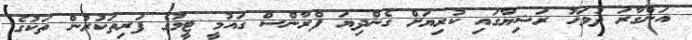
އަންގާރަ ދުވަހު ރަޝިޔާގައި ކުރިޔަށް ގެންދިޔަ ފްރާންސް ގައުމީ ޓީމުގެ ފަރިތަކުރުން ތަކުގެ